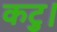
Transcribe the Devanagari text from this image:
कटु।